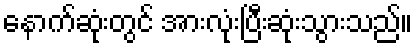
နောက်ဆုံးတွင် အားလုံးပြီးဆုံးသွားသည်။